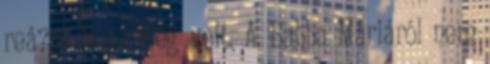
reá? - Nem. Rég volt. A Babba Máriáról nem